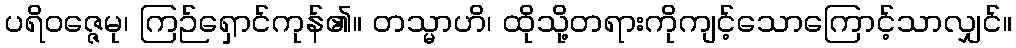
ပရိဝဇ္ဇေမု၊ ကြဉ်ရှောင်ကုန်၏။ တသ္မာဟိ၊ ထိုသို့တရားကိုကျင့်သောကြောင့်သာလျှင်။